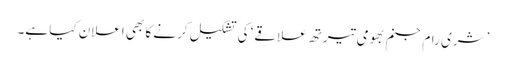
’شری رام جنم بھومی تیرتھ علاقے‘ کی تشکیل کرنے کا بھی اعلان کیا ہے۔